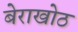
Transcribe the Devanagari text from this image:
बेराखोठ